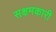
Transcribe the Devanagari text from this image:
सक्षमकारी